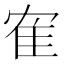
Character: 隺